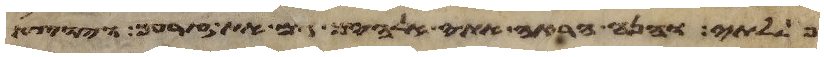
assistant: פללתי והנה הראה אתי אלהים גם את זרעך ויוצא